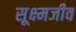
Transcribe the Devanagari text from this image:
सूक्ष्‍मजीव